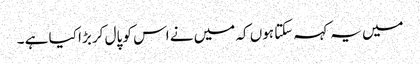
میں یہ کہہ سکتا ہوں کہ میں نے اس کو پال کر بڑا کیا ہے ۔